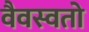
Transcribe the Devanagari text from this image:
वैवस्वतो